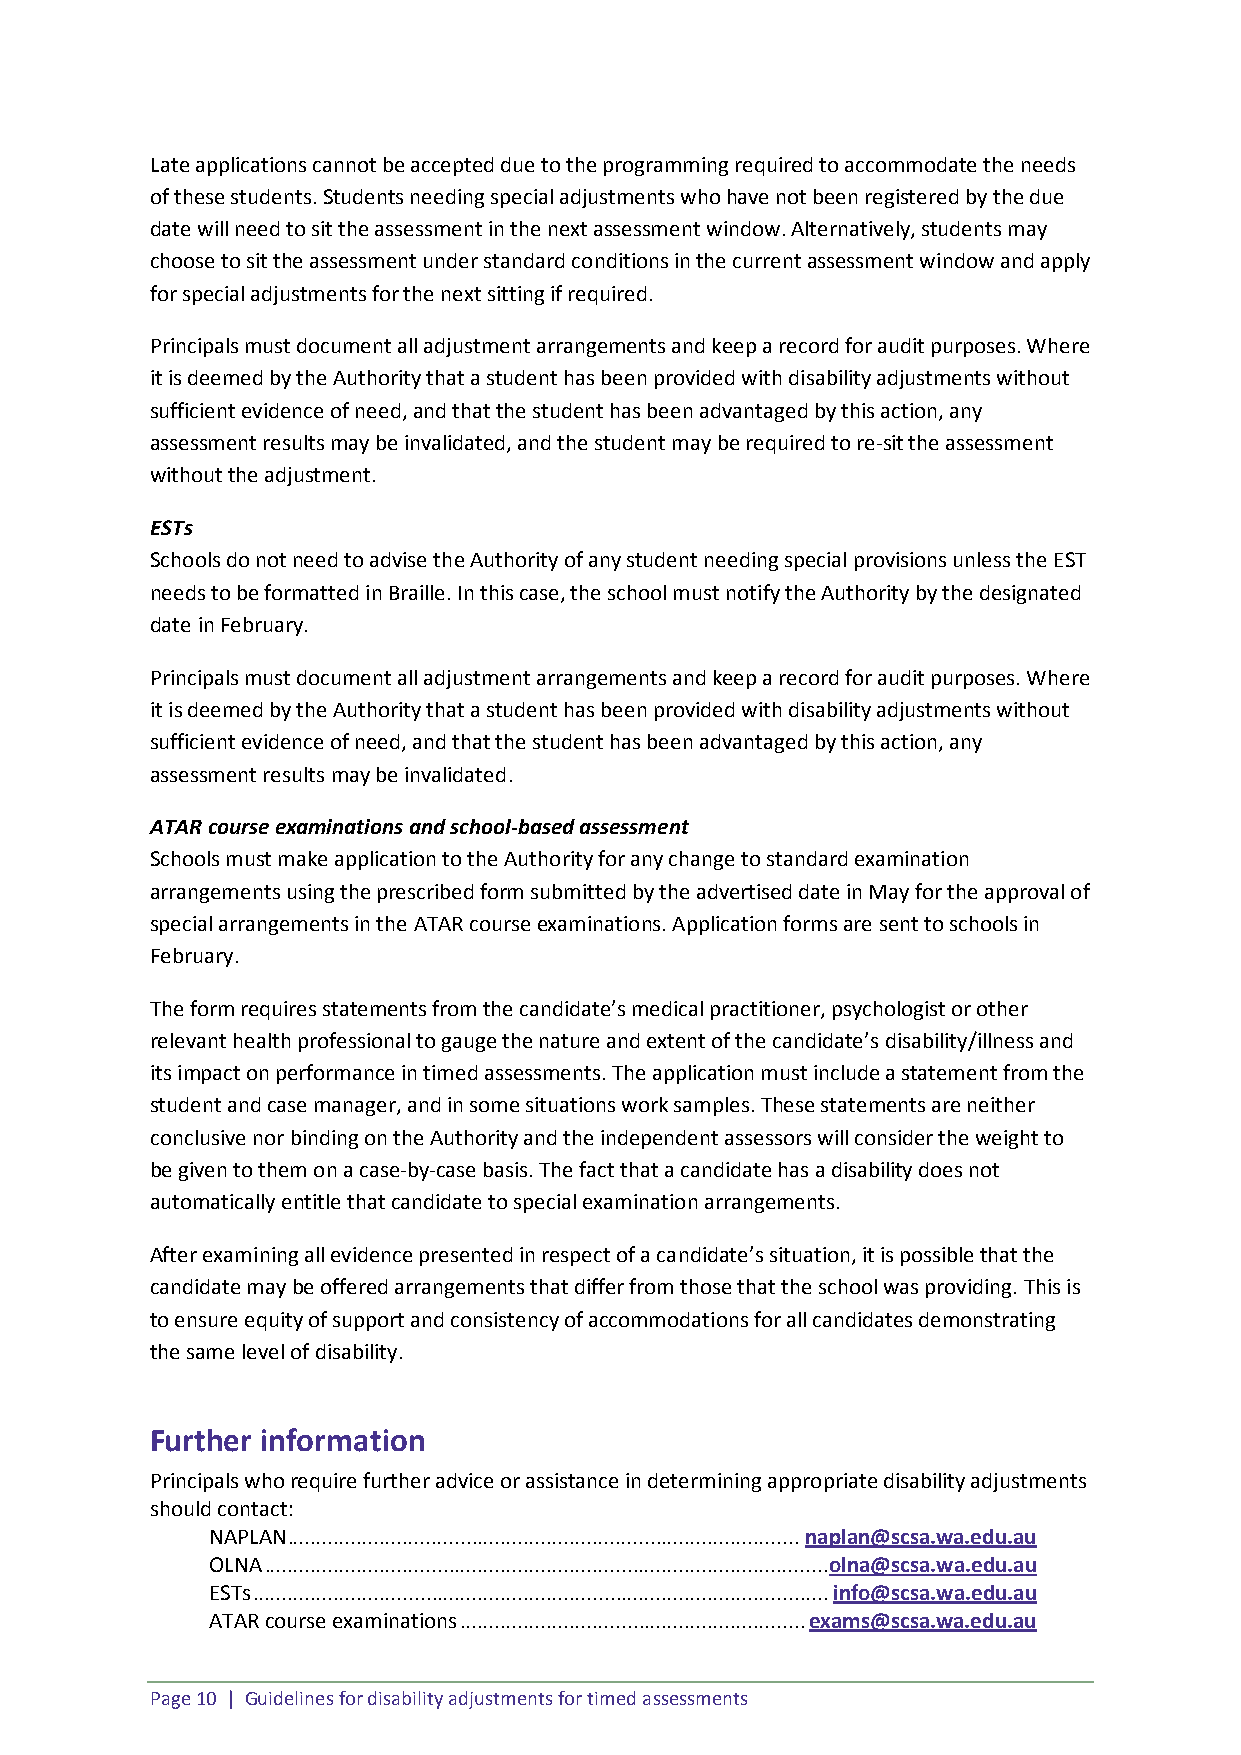
Late applications cannot be accepted due to the programming required to accommodate the needs
 of these students. Students needing special adjustments who have not been registered by the due
 date will need to sit the assessment in the next assessment window. Alternatively, students may
 choose to sit the assessment under standard conditions in the current assessment window and apply
 for special adjustments for the next sitting if required.
 Principals must document all adjustment arrangements and keep a record for audit purposes. Where
 it is deemed by the Authority that a student has been provided with disability adjustments without
 sufficient evidence of need, and that the student has been advantaged by this action, any
 assessment results may be invalidated, and the student may be required to re-sit the assessment
 without the adjustment.
 ESTs
 Schools do not need to advise the Authority of any student needing special provisions unless the EST
 needs to be formatted in Braille. In this case, the school must notify the Authority by the designated
 date in February.
 Principals must document all adjustment arrangements and keep a record for audit purposes. Where
 it is deemed by the Authority that a student has been provided with disability adjustments without
 sufficient evidence of need, and that the student has been advantaged by this action, any
 assessment results may be invalidated.
 ATAR course examinations and school-based assessment
 Schools must make application to the Authority for any change to standard examination
 arrangements using the prescribed form submitted by the advertised date in May for the approval of
 special arrangements in the ATAR course examinations. Application forms are sent to schools in
 February.
 The form requires statements from the candidate’s medical practitioner, psychologist or other
 relevant health professional to gauge the nature and extent of the candidate’s disability/illness and
 its impact on performance in timed assessments. The application must include a statement from the
 student and case manager, and in some situations work samples. These statements are neither
 conclusive nor binding on the Authority and the independent assessors will consider the weight to
 be given to them on a case-by-case basis. The fact that a candidate has a disability does not
 automatically entitle that candidate to special examination arrangements.
 After examining all evidence presented in respect of a candidate’s situation, it is possible that the
 candidate may be offered arrangements that differ from those that the school was providing. This is
 to ensure equity of support and consistency of accommodations for all candidates demonstrating
 the same level of disability.
 Further information
 Principals who require further advice or assistance in determining appropriate disability adjustments
 should contact:
 NAPLAN ......................................................................................... naplan@scsa.wa.edu.au
 OLNA .................................................................................................. olna@scsa.wa.edu.au
 ESTs .................................................................................................... info@scsa.wa.edu.au
 ATAR course examinations ............................................................ exams@scsa.wa.edu.au
 Page 10 | Guidelines for disability adjustments for timed assessments